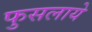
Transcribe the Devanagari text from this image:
फुसलाये